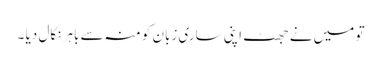
تو میں نے جھٹ اپنی ساری زبان کو منہ سے باہر نکال دیا ۔